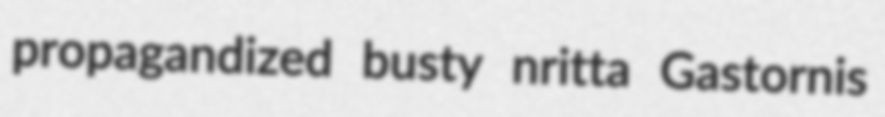
propagandized busty nritta Gastornis